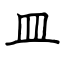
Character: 皿